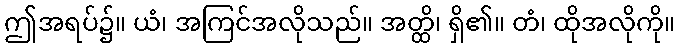
ဤအရပ်၌။ ယံ၊ အကြင်အလိုသည်။ အတ္ထိ၊ ရှိ၏။ တံ၊ ထိုအလိုကို။